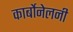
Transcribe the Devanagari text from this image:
कार्बोनेलनी